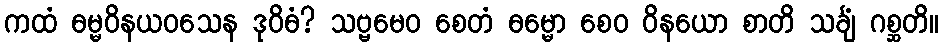
ကထံ ဓမ္မဝိနယဝသေန ဒုဝိဓံ? သဗ္ဗမေဝ စေတံ ဓမ္မော စေဝ ဝိနယော စာတိ သင်္ချံ ဂစ္ဆတိ။